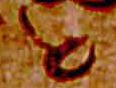
と